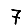
Digit: 7